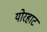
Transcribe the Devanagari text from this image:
योरहाट